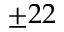
\pm 2 2